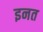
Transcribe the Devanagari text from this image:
इनत